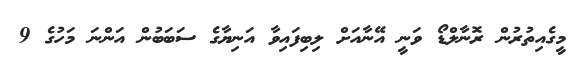
މީގެއިތުރުން ރޮނާލްޑޯ ވަނީ އޭނާއަށް ލިބިފައިވާ އަނިޔާގެ ސަބަބުން އަންނަ މަހުގެ 9